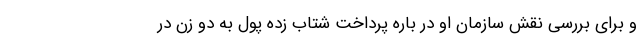
و برای بررسی نقش سازمان او در باره پرداخت شتاب زده پول به دو زن در